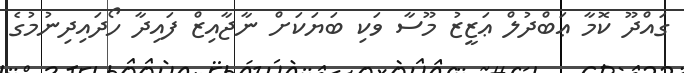
ގައްދޫ ކޮމާ ޢަބްދުލް ޢަޒީޒު މޫސާ ވަކި ބަޔަކަށް ނާޖާއިޒް ފައިދާ ހޯދައިދިނުމުގެ